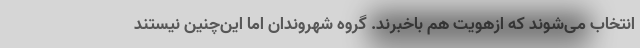
انتخاب می‌شوند که ازهویت هم باخبرند. گروه شهروندان اما این‌چنین نیستند